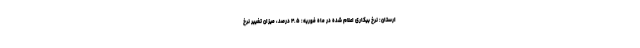
ارستان: نرخ بیکاری اعلام شده در ماه فوریه: ۴.۵ درصد، میزان تغییر نرخ